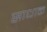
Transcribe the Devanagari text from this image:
साधाक